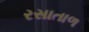
રસાતાળ